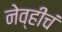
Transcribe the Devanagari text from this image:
नेव्हीचं